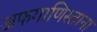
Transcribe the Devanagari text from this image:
अफगाणिस्ताना